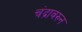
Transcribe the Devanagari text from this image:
चंद्रावरुन